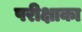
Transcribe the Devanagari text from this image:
परीक्षाका